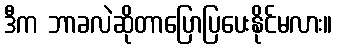
ဒီက ဘာခလဲဆိုတာပြောပြပေးနိုင်မလား။